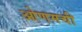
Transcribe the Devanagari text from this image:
ओणमची